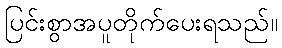
ပြင်းစွာအပူတိုက်ပေးရသည်။